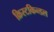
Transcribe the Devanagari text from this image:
क्रिस्टकिन्डल